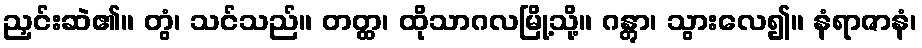
ညှင်းဆဲ၏။ တွံ၊ သင်သည်။ တတ္ထ၊ ထိုသာဂလမြို့သို့။ ဂန္တွာ၊ သွားလေ၍။ နံရာဇာနံ၊